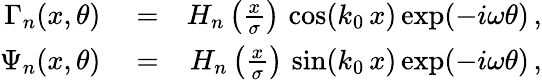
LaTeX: \begin{array}{rlr}{\Gamma_{n}(x,\theta)}&{{}=}&{H_{n}\left(\frac{x}{\sigma}\right)\, \cos(k_{0}\, x)\exp(-i\omega\theta)\, ,}\\ {\Psi_{n}(x,\theta)}&{{}=}&{H_{n}\left(\frac{x}{\sigma}\right)\, \sin(k_{0}\, x)\exp(-i\omega\theta)\, ,}\end{array}